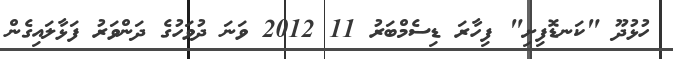
ހުޅުދޫ "ކަނޑޮފިށި" ފިހާރަ ޑިސެމްބަރު 11 2012 ވަނަ ދުވަހުގެ ދަންވަރު ފަޅާލައިގެން